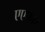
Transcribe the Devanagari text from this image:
एएफए